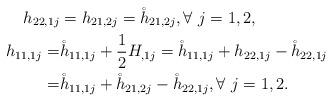
LaTeX: \begin{align*} h_{22,1j}&=h_{21,2j}=\mathring{h}_{21,2j},\forall~j=1,2,\\ h_{11,1j} =& \mathring{h}_{11,1j}+\frac 12H_{,1j} = \mathring{h}_{11,1j}+h_{22,1j}-\mathring{h}_{22,1j}\\ =& \mathring{h}_{11,1j}+\mathring{h}_{21,2j}-\mathring{h}_{22,1j},\forall~j=1,2.\end{align*}